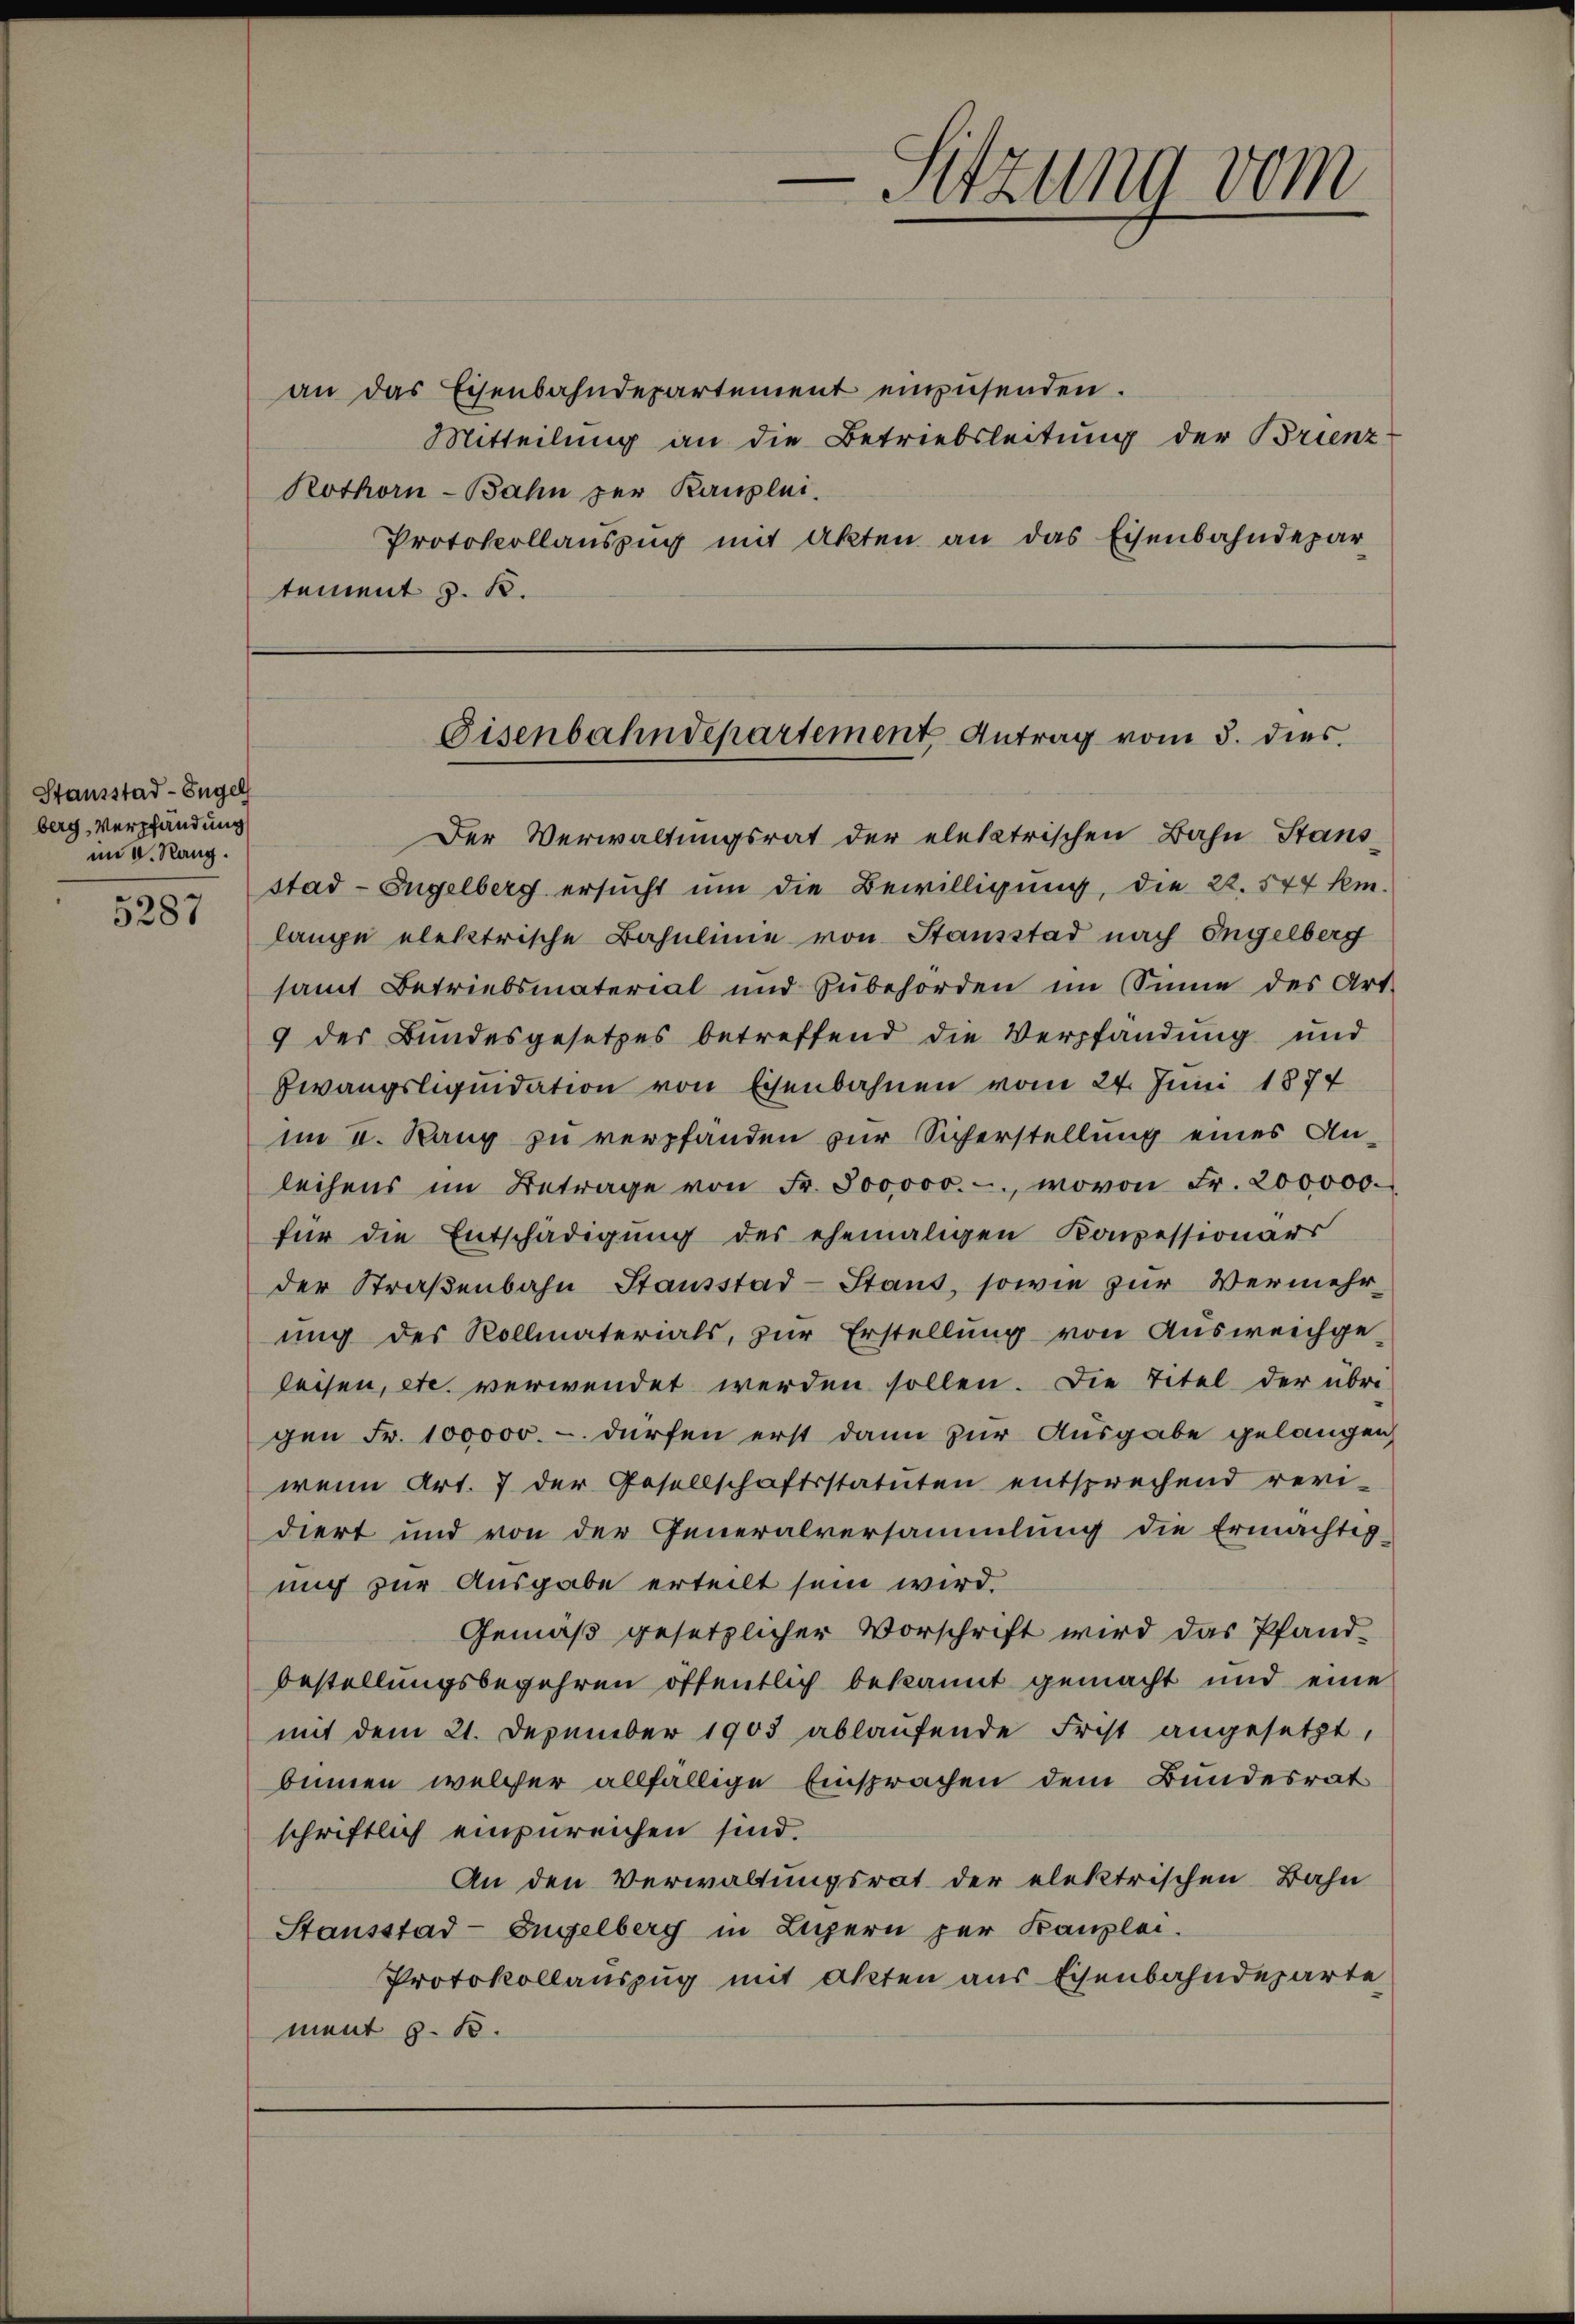
5287

Stausstad - Engel
berg, Verpfändung
mi v. Rang.

an das Eisenbahndepartement einzŭsenden.
Mitteilung an die Betriebsleitung der Brienz¬
Rothorn-Bahn per Kanzlei.
Protokollauszug mit Akten an das Eisenbahndepar
tement z. B.

-Sitzung vom

Eisenbahndepartement Antrag vom 5. dies

Der Verwaltungsrat der elektrischen Bahn Stans-
stad-Engelberg ersucht um die Bewilligung, die 22. 544 km-
lange elektrische Bahnlinie von Stausstad nach Engelberg
samt Betriebsmaterial und Zubehörden im Sinne des Art.
9 der Bundesgesetzes betreffend die Verpfandung und
Zwangsliquidation von Eisenbahnen vom 24. Juni 1874
im I. Rang zu verpfanden zur Sicherstellung eines An-
leihens im Betrage von Fr. 800,000.-, wovon Fr. 200000.
für die Entschädigung des ehemaligen Konzessionärs
der Straßenbahn Stausstad-Stans, sowie zur Vermehrung des Rollmaterials, zur Erstellung von Ausweichge-
leisen, etc. verwendet werden sollen. Die Titel der übri-
gen Fr. 100000.- dürfen erst dann zur Ausgabe gelangen,
wenn Art. 7 der Gesellschaftsstatuten entsprechend revi-
diert und von der Generalversammlung die Ermächtig-
mich zur Ausgabe erteilt sein wird.
Gemäß gesetzlicher Vorschrift wird das Pfand-
bestellungsbegehren öffentlich bekannt gemacht und eine
mit dem 21. Dezember 1903 ablaufende Frist angesetzt,
binnen welcher allfällige Einsprachen dem Bundesrat
schriftlich einzureichen sind.
An den Verwaltungsrat der elektrischen Bahn
Stausstad-Engelberg in Luzern per Kanzlei.
Protokollauszug mit Akten aus Eisenbahndeparte
ment 9. 15.